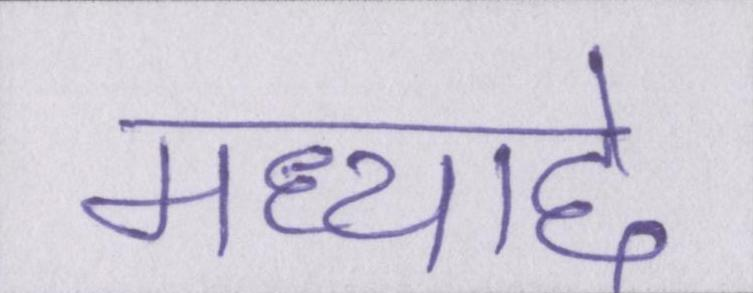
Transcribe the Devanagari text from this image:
मध्याद्दे